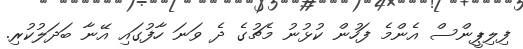
ފިލިޕީންސް އެންމެ ފަހުން ކުޅުނު މެޗުގެ ދެ ވަނަ ހާފުގައި އޭނާ ބަދަލުކުރި.